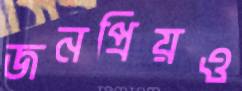
জনপ্রিয়ও